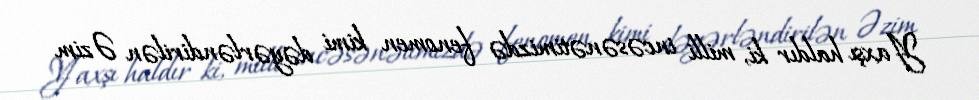
Yaxşı haldır ki, milli incəsənətimizdə fenomen kimi dəyərləndirilən Əzim